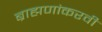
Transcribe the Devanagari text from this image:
ब्राह्मणांकरवी